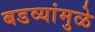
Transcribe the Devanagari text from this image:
बडव्यांमुळे